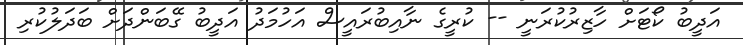
އަދީބު ކޯޓަށް ހާޒިރުކުރަނީ -- ކުރީގެ ނާއިބުރައީސް އަހުމަދު އަދީބު ގޭބަންދަށް ބަދަލުކުރި